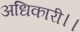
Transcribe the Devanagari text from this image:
अधिकारी।।